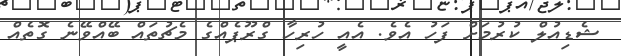
ޝެޑިއުލް ކުރުމަށް ފަހު އެވެ. އެއީ ހުރިހާ ގްރޫޕެއްގެ މެޗުތައް ބޭއްވޭނެ ގޮތެއް